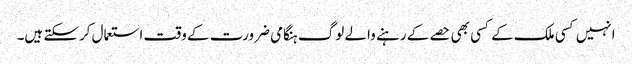
انہیں کسی ملک کے کسی بھی حصے کے رہنے والے لوگ ہنگامی ضرورت کے وقت استعمال کرسکتے ہیں۔